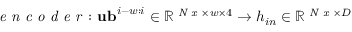
\textit { e n c o d e r } \colon \mathbf { u b } ^ { i - w : i } \in \mathbb { R } ^ { \textit { N x } \times w \times 4 } \to h _ { i n } \in \mathbb { R } ^ { \textit { N x } \times D }